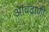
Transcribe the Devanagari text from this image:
आवढाणी